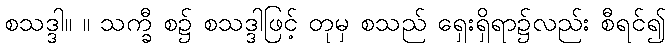
စသဒ္ဒါ။ ။ သက္ခီ စ၌ စသဒ္ဒါဖြင့် တုမှ စသည် ရှေးရှိရာ၌လည်း စီရင်၍